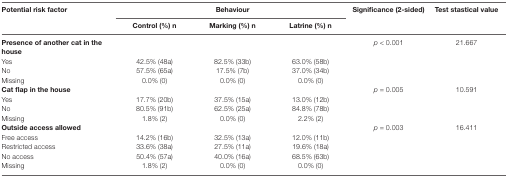
| <ROWSPAN=2> Potential risk factor | <COLSPAN=3> Behaviour | <ROWSPAN=2> Significance (2-sided) | <ROWSPAN=2> Test stastical value |
 | Control (%) n | Marking (%) n | Latrine (%) n |
 | --- | --- | --- | --- | --- | --- |
 | Presence of another cat in the house |  |  |  | p < 0.001 | 21.667 |
 | Yes | 42.5% (48a) | 82.5% (33b) | 63.0% (58b) |  |  |
 | No | 57.5% (65a) | 17.5% (7b) | 37.0% (34b) |  |  |
 | Missing | 0.0% (0) | 0.0% (0) | 0.0% (0) |  |  |
 | Cat flap in the house |  |  |  | p = 0.005 | 10.591 |
 | Yes | 17.7% (20b) | 37.5% (15a) | 13.0% (12b) |  |  |
 | No | 80.5% (91b) | 62.5% (25a) | 84.8% (78b) |  |  |
 | Missing | 1.8% (2) | 0.0% (0) | 2.2% (2) |  |  |
 | Outside access allowed |  |  |  | p = 0.003 | 16.411 |
 | Free access | 14.2% (16b) | 32.5% (13a) | 12.0% (11b) |  |  |
 | Restricted access | 33.6% (38a) | 27.5% (11a) | 19.6% (18a) |  |  |
 | No access | 50.4% (57a) | 40.0% (16a) | 68.5% (63b) |  |  |
 | Missing | 1.8% (2) | 0.0% (0) | 0.0% (0) |  |  |